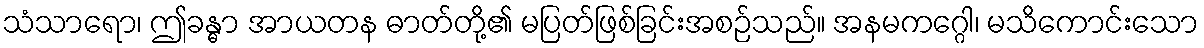
သံသာရော၊ ဤခန္ဓာ အာယတန ဓာတ်တို့၏ မပြတ်ဖြစ်ခြင်းအစဉ်သည်။ အနမကဂ္ဂေါ၊ မသိကောင်းသော